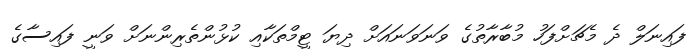
ފައިނަލް ދެ މެޗަށްފަހު މުބާރާތުގެ ވަނަވަނައަށް ދިޔަ ޓީމްތަކާއި ކުޅުންތެރިންނަށް ވަނީ ފައިސާގެ